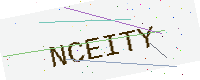
Text: NCEITY